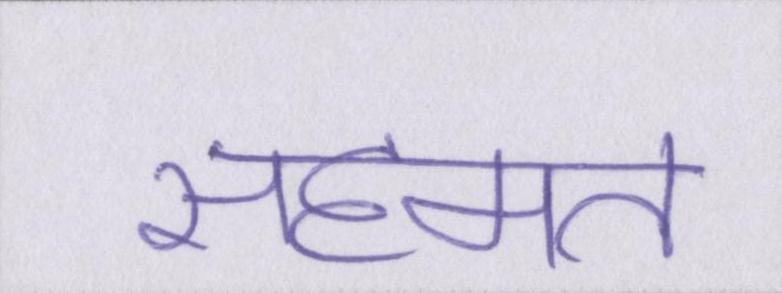
सहमत